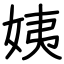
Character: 姨